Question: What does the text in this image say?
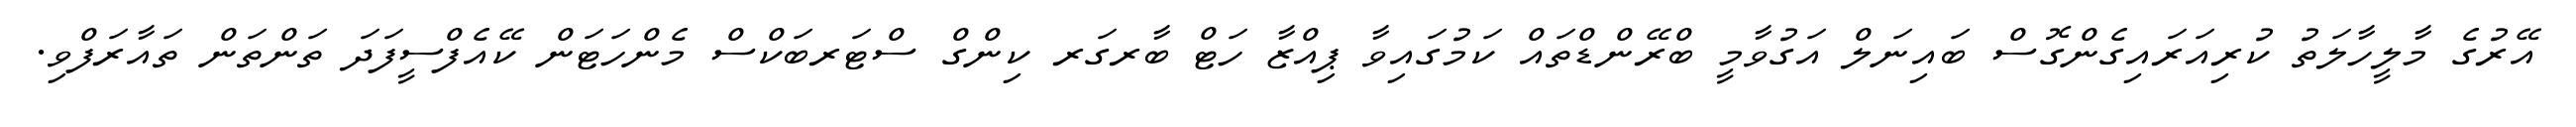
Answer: އޭރުގެ މާލީހާލަތު ކުރިއަރައިގެންގޮސް ބައިނަލް އަގުވާމީ ބްރޭންޑްތައް ކަމުގައިވާ ޕިއްޒާ ހަޓް ބާރގަރ ކިންގް ސްޓަރބަކްސް މެންހަޓަން ކޭއެފްސީފަދަ ތަންތަން ތައާރަފްވި.